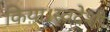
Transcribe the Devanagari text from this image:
किया।स्वदेशी